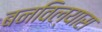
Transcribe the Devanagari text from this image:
बनविल्यास